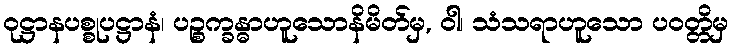
ဝုဋ္ဌာနပစ္စုပဋ္ဌာနံ၊ ပဉ္စက္ခန္ဓာဟူသောနိမိတ်မှ, ဝါ၊ သံသရာဟူသော ပဝတ္တိမှ